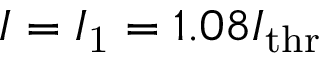
I = I _ { \mathrm { 1 } } = 1 . 0 8 I _ { \mathrm { t h r } }